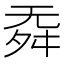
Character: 𣄳